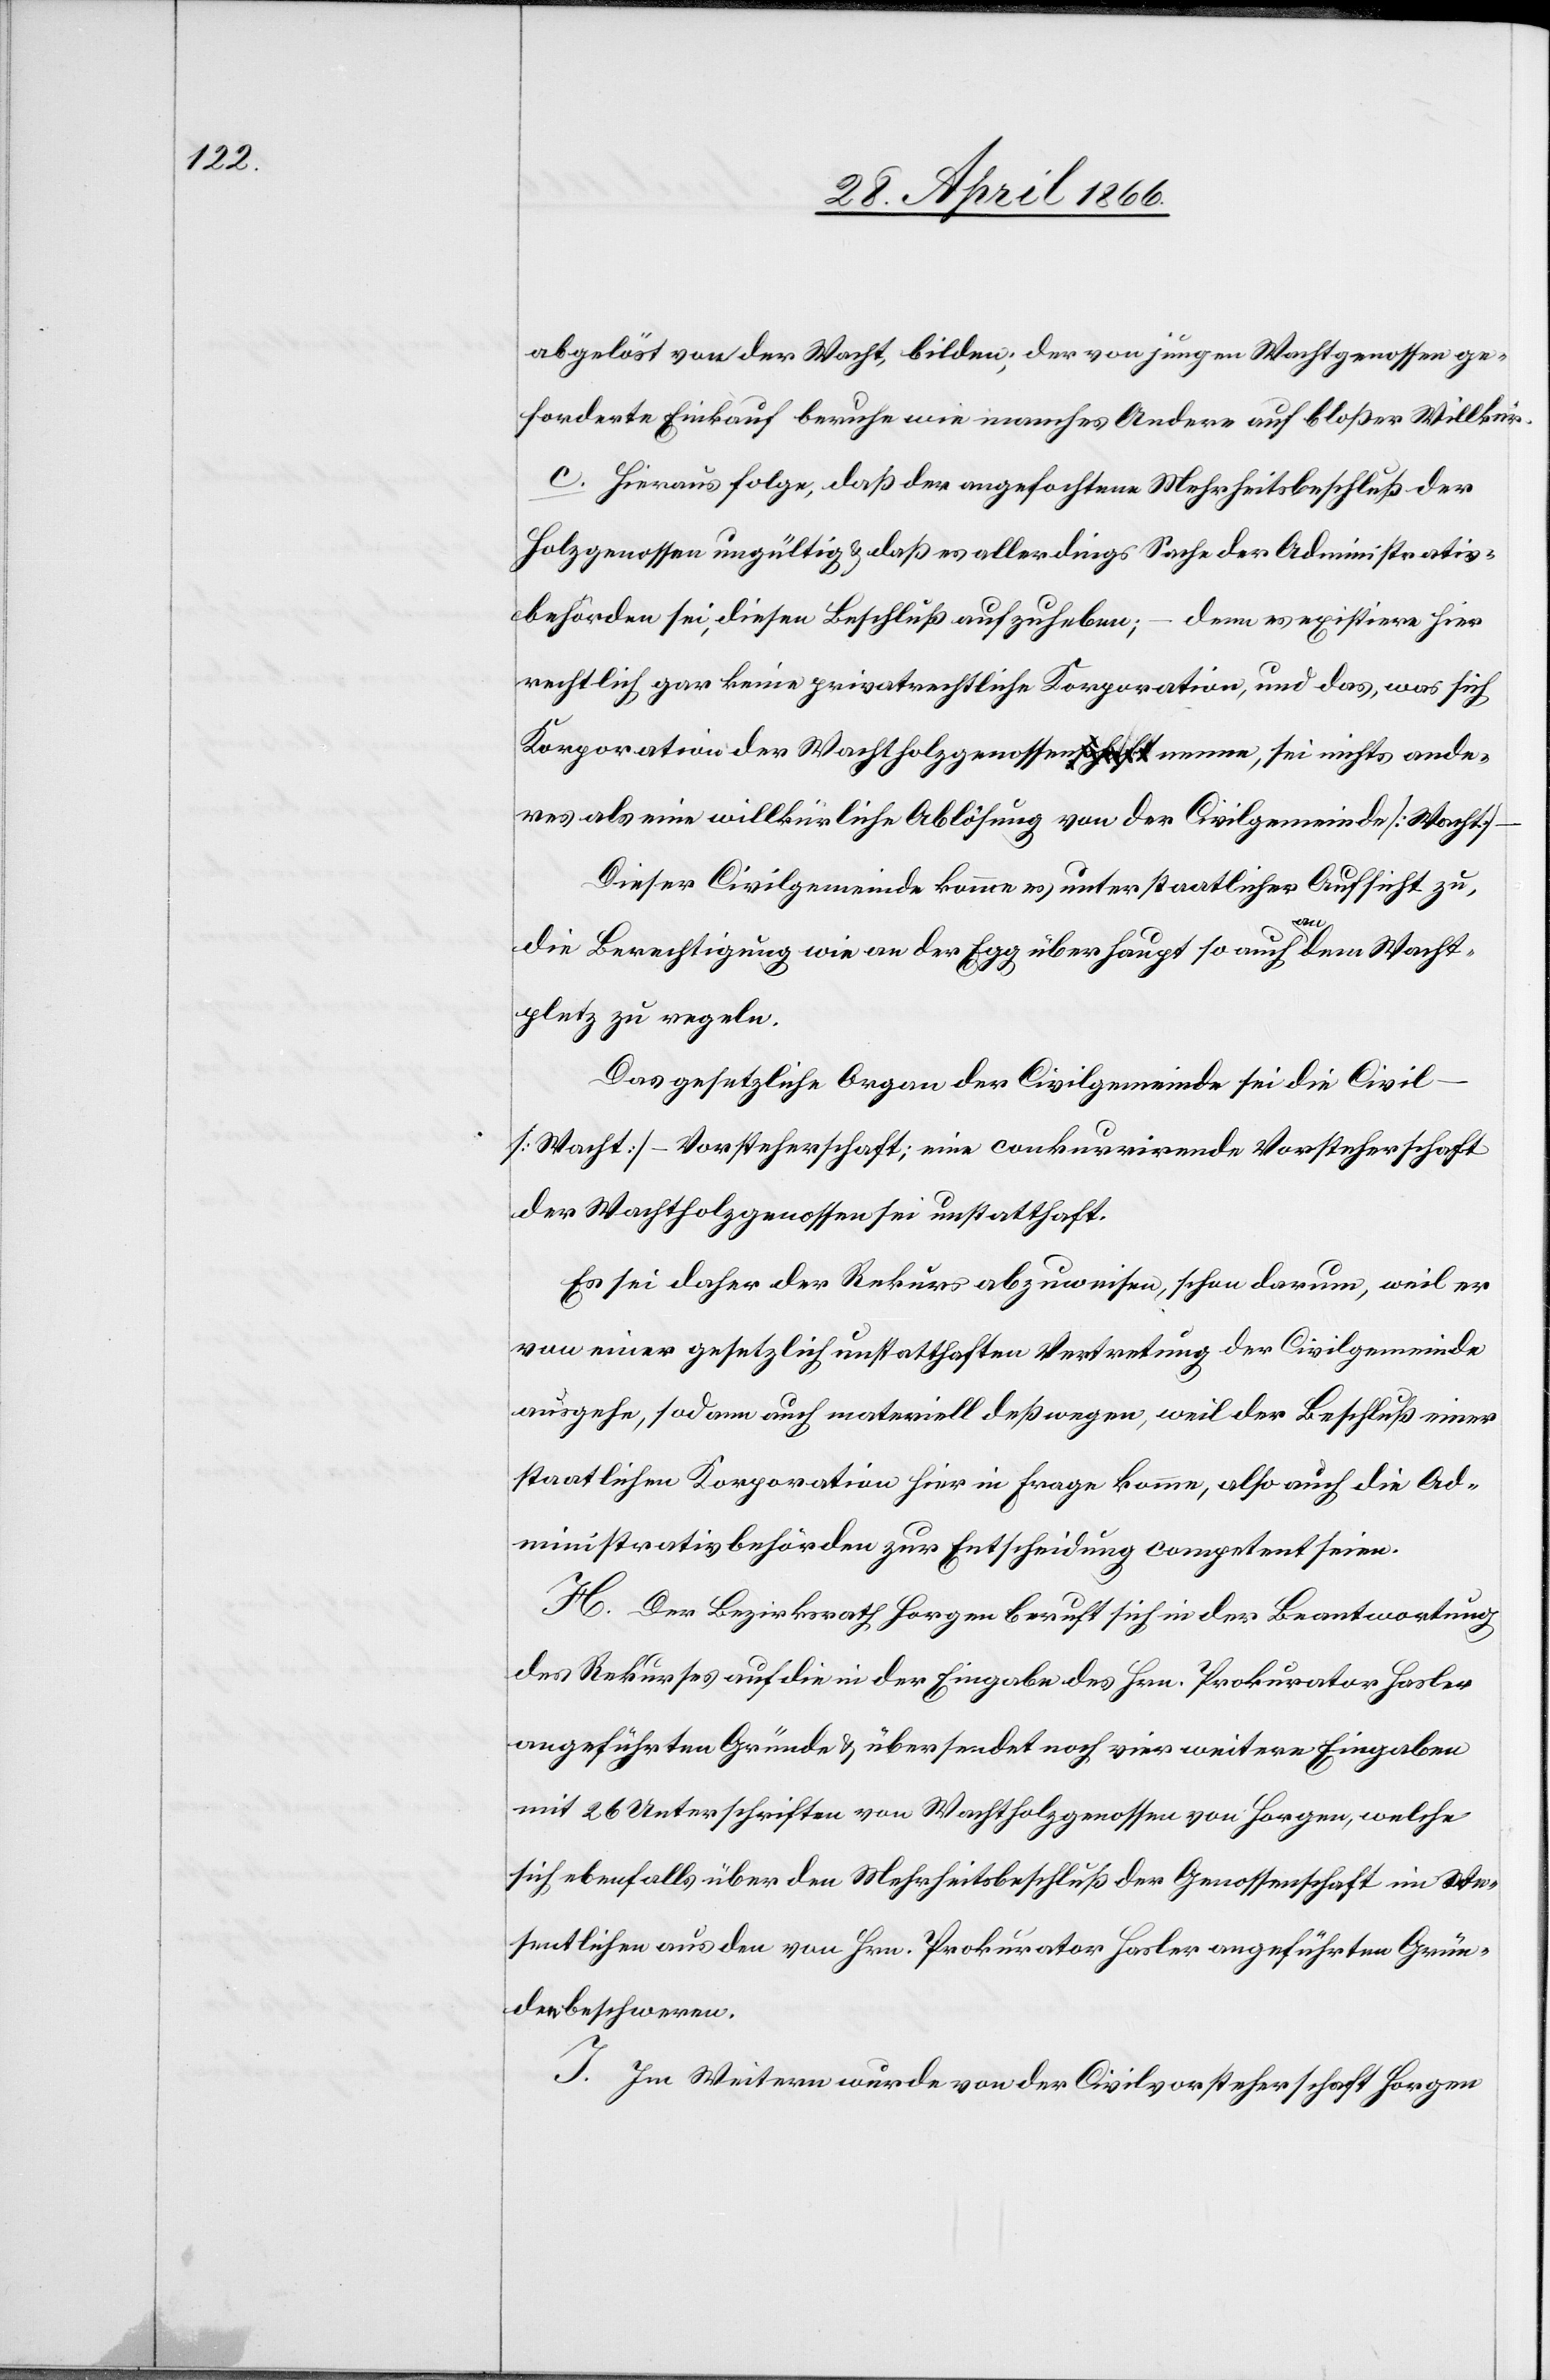
abgelöst von der Wacht, bilden; der von jungen Wachtgenossen ge¬
forderte Einkauf beruhe wie manches Andere auf bloßer Willkür.
c. Hieraus folge, daß der angefochtene Mehrheitsbeschluß der
Holzgenossen ungültig u. daß es allerdings Sache der Administrativ¬
behörden sei, diesen Beschluß aufzuheben; – denn es existiere hier
rechtlich gar keine privatrechtliche Korporation, und das, was sich
Korporation der Wachtholzgenossena-schaft-a nenne, sei nichts ande¬
res als eine willkürliche Ablösung von der Civilgemeinde [Wacht]
Dieser Civilgemeinde komme es unter staatlicher Aufsicht zu,
die Berechtigung wie an der Egg überhaupt so auch an dem Wacht¬
pletz zu regeln.
Das gesetzliche Organ der Civilgemeinde sei die Civi¬
l-[Wacht]-Vorsteherschaft; eine conkurrirende Vorsteherschaft
der Wachtholzgenossen sei unstatthaft.
Es sei daher der Rekurs abzuweisen, schon darum, weil er
von einer gesetzlich unstatthaften Vertretung der Civilgemeinde
ausgehe, sodann auch materiell deßwegen, weil der Beschluß einer
staatlichen Korporation hier in Frage komme, also auch die Ad¬
ministrativbehörden zur Entscheidung competent seien.
H. Der Bezirksrath Horgen beruft sich in der Beantwortung
des Rekurses auf die in der Eingabe des Hrn. Prokurator Hasler
angeführten Gründe u. übersendet noch vier weitere Eingaben
mit 26 Unterschriften von Wachtholzgenossen von Horgen, welche
sich ebenfalls über den Mehrheitsbeschluß der Genossenschaft im We¬
sentlichen aus den von Hrn. Prokurator Hasler angeführten Grün¬
den beschweren.
J. Im Weitern wurde von der Civilvorsteherschaft Horgen